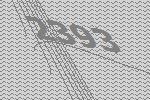
2393